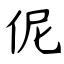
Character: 伲